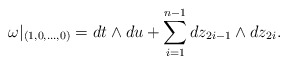
\begin{align*}\omega|_{(1,0,\ldots,0)} = dt \wedge du + \sum_{i=1}^{n-1} dz_{2i-1}\wedge dz_{2i}.\end{align*}